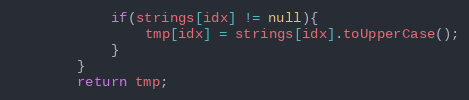
Language: Java
			if(strings[idx] != null){
				tmp[idx] = strings[idx].toUpperCase();
			}
		}
		return tmp;